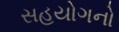
સહયોગનો